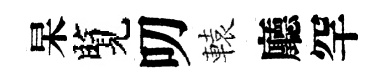
杲覽叨轅廳罕